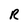
Character: R